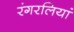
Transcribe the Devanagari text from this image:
रंगरलियां